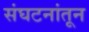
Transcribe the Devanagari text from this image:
संघटनांतून